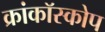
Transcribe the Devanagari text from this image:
क्रांकॉस्कोप